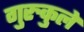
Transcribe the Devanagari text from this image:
गुरुकुले